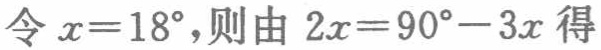
令\(x = 18^{\circ}\)，则由\(2x = 90^{\circ}-3x\)得